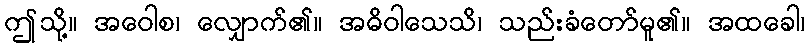
ဤသို့။ အဝေါစ၊ လျှောက်၏။ အဓိဝါသေသိ၊ သည်းခံတော်မူ၏။ အထခေါ၊